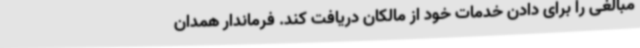
مبالغی را برای دادن خدمات خود از مالکان دریافت کند. فرماندار همدان